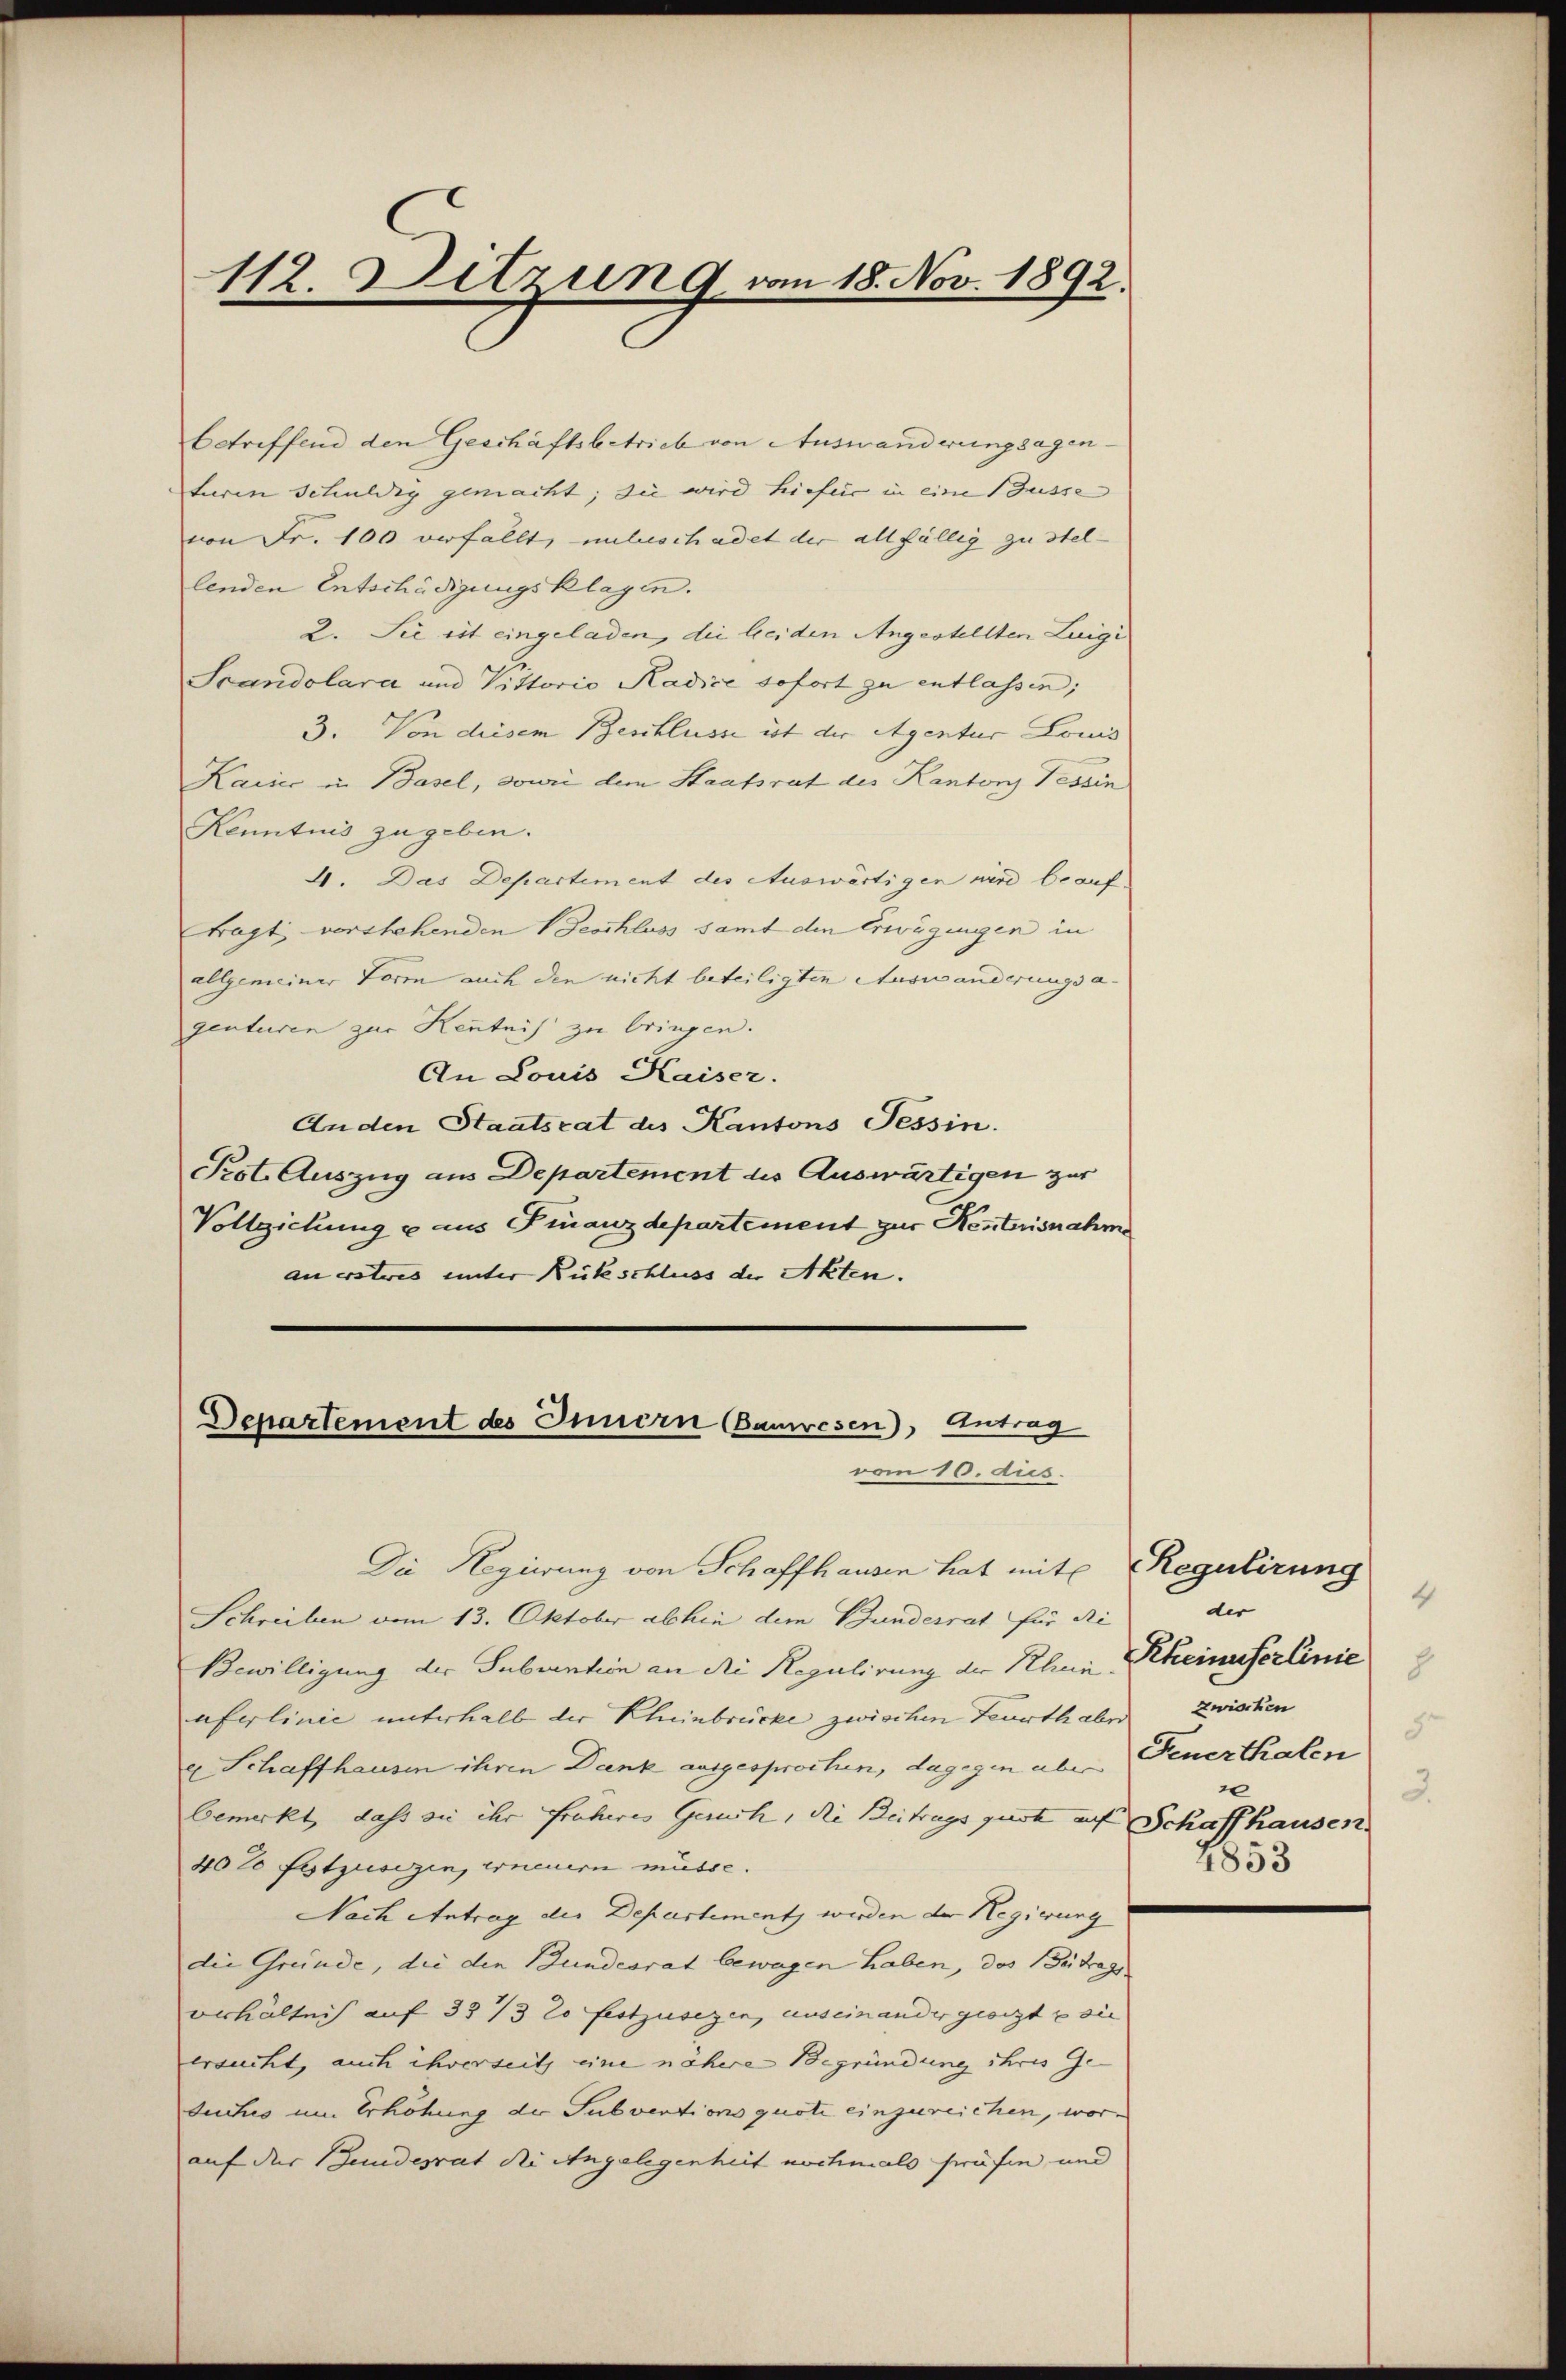
112. Ditzung vom 18. Nov. 1892.

betreffend den Geschäftsbetrieb von Auswanderungsagenturen Schuldig gemacht; die wird hiefer in eine Busse |
von Fr. 100 verfällt, unluschadet der allfällig zu stel-
lenden Entschädigungsklagen.
2. Sie ist eingeladen, die beiden Angestellten Luigi
Scandolara und Vittorio Radice sofort zu entlassen;
3. Von diesem Beschlusse ist der Agentur Louis
Karie in Basel, sowie dem Staatsrat des Kantons Tessin
Kenntnis zugeben.
4. Das Departement des Auswärtigen wird beauf
tragt vorstehenden Beschluss samt den Erwägungen in
allgemeiner Form auch den nicht beteiligten Auswanderungsa- |
genturen zur Kentnis zu bringen.
An Louis Kaiser.
Anden Staatsrat des Kantons Tessin.
Prot. Auszug aus Departement des Auswärtigen zur
Vollziehung u aus Finanzdepartement zur Kentnisnahme
au erstres unter Rückschluss der Akten.
Departement des Innern Bauwesen), Antrag
vom 16. dies.
Die Regierung von Schaffhausen hat mit Regulirung
Schreiben vom 13. Oktober abhin dem Bundesrat für di
Bewilligung der Subvention an die Regulirung der Rheinuferlinie unterhalb der Kleinbrücke zwischen Feuerthaben zwischen
u Schaffhausen ihren Dank ausgesprochen, dagegen aber Feuerthalen
bemerkt, dass sie ihr früheres Geruch, die Beitrags guot auf Schaffhausen
40t festzusegen, Erneuern müsse.
Nach Antrag der Departementz werden der Regierung
die Gründe, die den Bundesrat bewegen haben, das Beitrags.
verhältnis auf 33 1/3 20 festzusezen, auseinandergeoigt & sie
ersucht, auch ihrerseit eine nähere Begründung ihres Ge-
Suches um Erhöhung der Subventions quoti einzureichen, worauf der Bundesrat die Angelegenheit nochmals prüfen und

4
der
Rheinuferlinie
8
5.
0
2.
2853